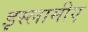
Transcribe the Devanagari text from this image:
इस्लामीए